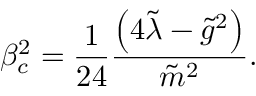
\beta _ { c } ^ { 2 } = \frac { 1 } { 2 4 } \frac { \left( 4 \tilde { \lambda } - { \tilde { g } } ^ { 2 } \right) } { \tilde { m } ^ { 2 } } .